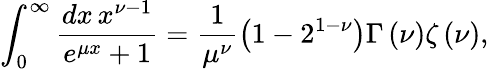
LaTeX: \int_{0}^{\infty}\frac{dx\, x^{\nu-1}}{e^{\mu x}+1}=\frac{1}{\mu^{\nu}}\left(1-2^{1-\nu}\right)\Gamma\left(\nu\right)\zeta\left(\nu\right),